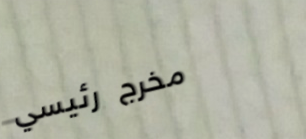
مخرج رئيسي